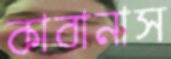
কাবানাস